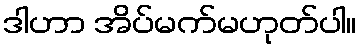
ဒါဟာ အိပ်မက်မဟုတ်ပါ။